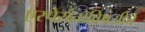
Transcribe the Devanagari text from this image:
एस्पेरांतोविषयीचे